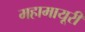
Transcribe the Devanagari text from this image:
महामायूरी